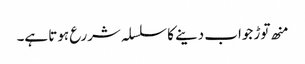
منھ توڑ جواب دینے کا سلسلہ شررع ہوتا ہے۔